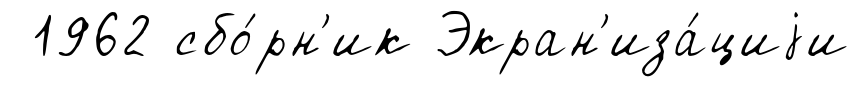
1962 сбо́рн'ик Экран'иза́циjи